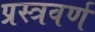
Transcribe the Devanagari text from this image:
प्रस्त्रवर्ण